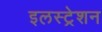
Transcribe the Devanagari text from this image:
इलस्ट्रेशन